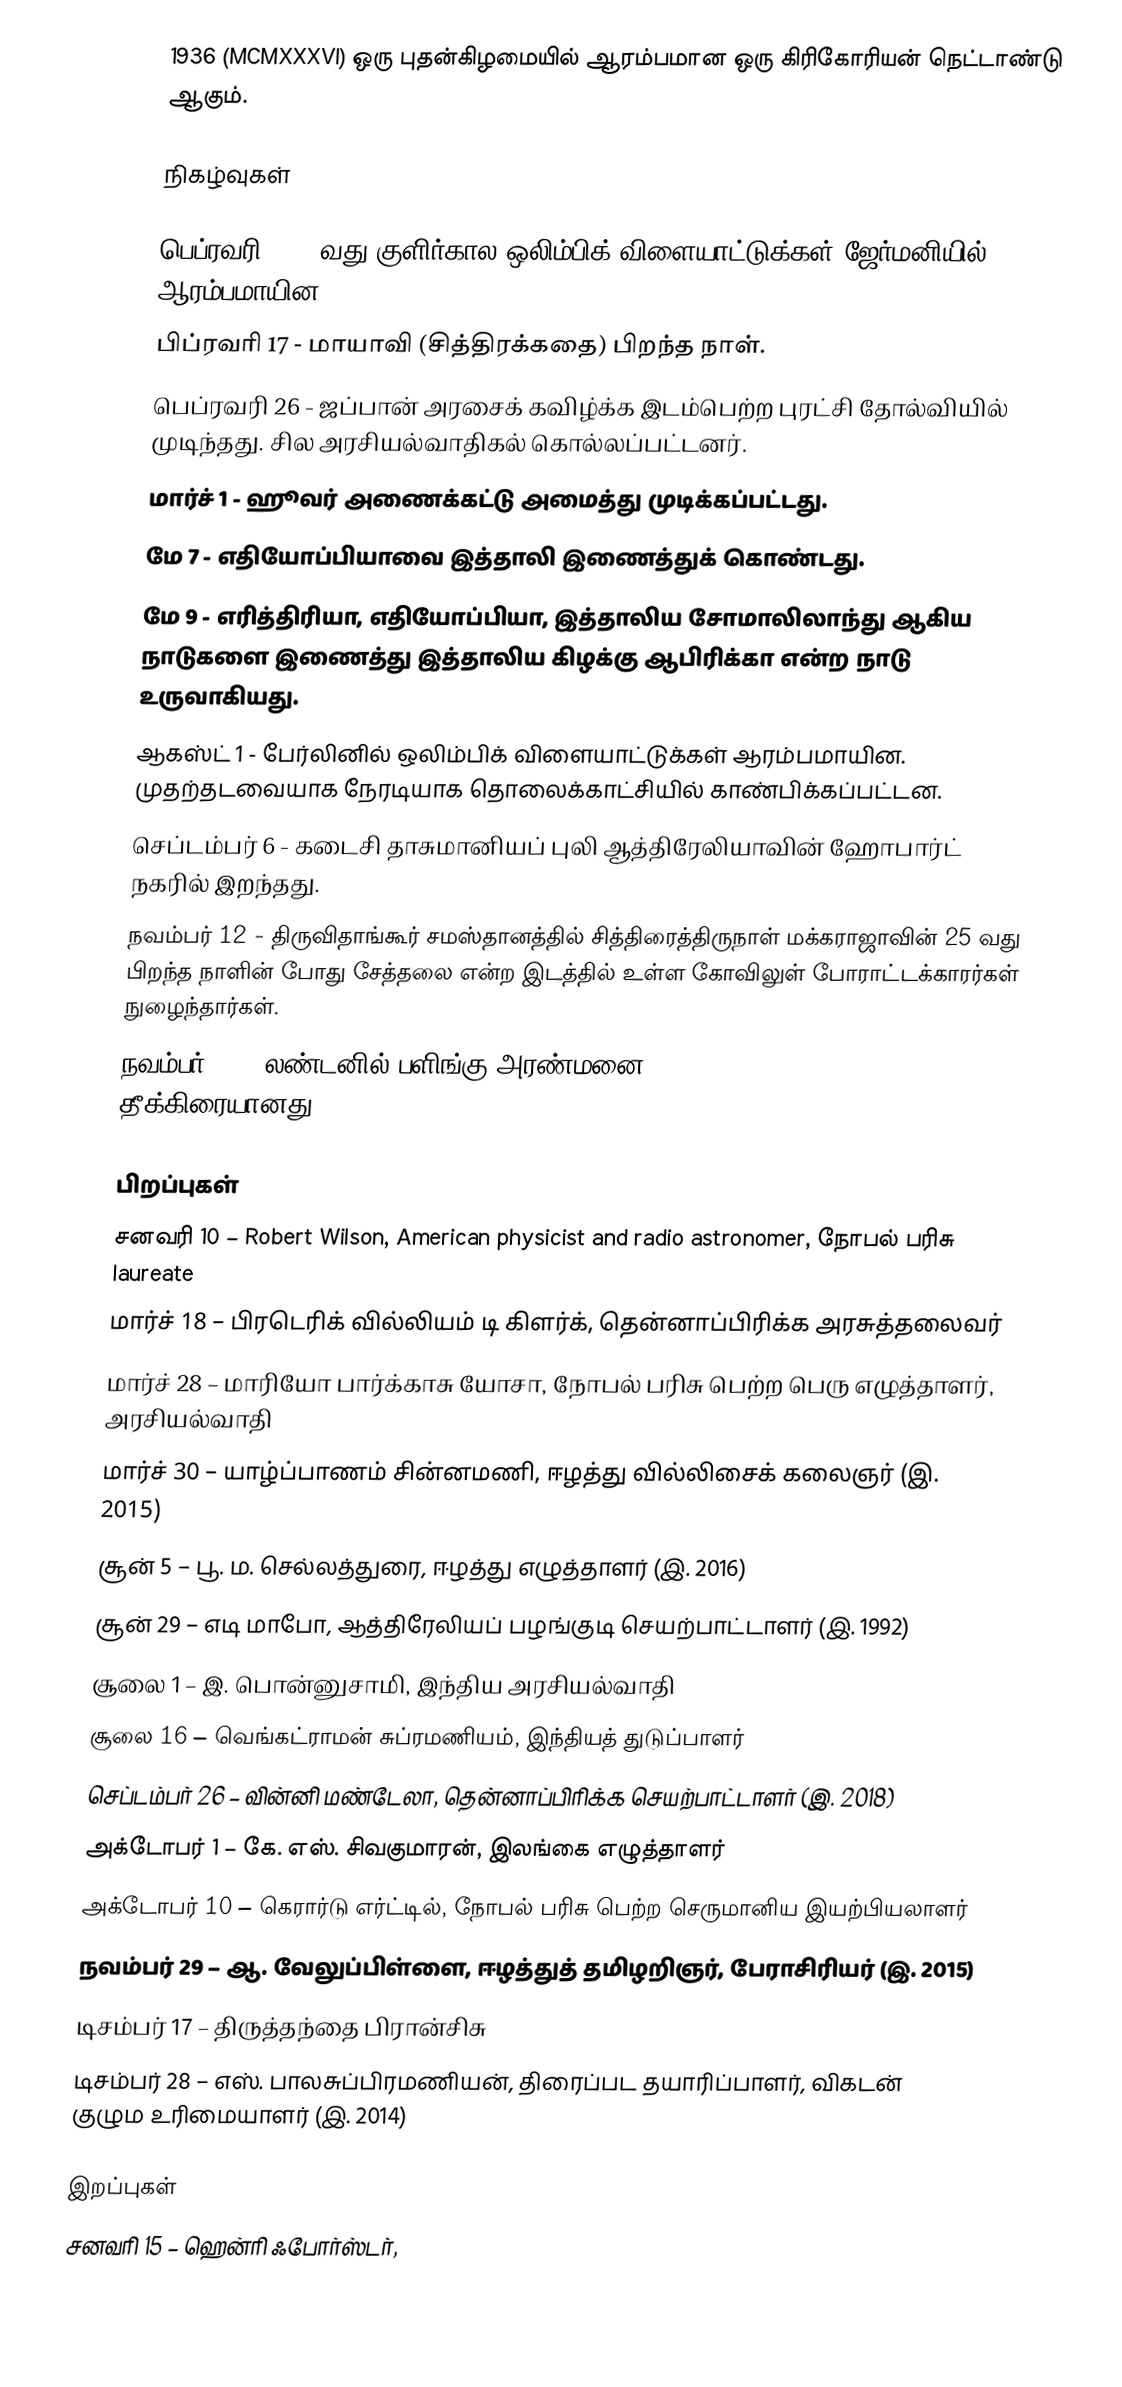
1936  (MCMXXXVI) ஒரு புதன்கிழமையில் ஆரம்பமான ஒரு கிரிகோரியன் நெட்டாண்டு ஆகும்.

நிகழ்வுகள்

 பெப்ரவரி 6 - 4வது குளிர்கால ஒலிம்பிக் விளையாட்டுக்கள் ஜேர்மனியில் ஆரம்பமாயின.
 பிப்ரவரி 17 - மாயாவி (சித்திரக்கதை) பிறந்த நாள்.
 பெப்ரவரி 26 - ஜப்பான் அரசைக் கவிழ்க்க இடம்பெற்ற புரட்சி தோல்வியில் முடிந்தது. சில அரசியல்வாதிகல் கொல்லப்பட்டனர்.
 மார்ச் 1 - ஹூவர் அணைக்கட்டு அமைத்து முடிக்கப்பட்டது.
 மே 7 - எதியோப்பியாவை இத்தாலி இணைத்துக் கொண்டது.
 மே 9 - எரித்திரியா, எதியோப்பியா, இத்தாலிய சோமாலிலாந்து ஆகிய நாடுகளை இணைத்து இத்தாலிய கிழக்கு ஆபிரிக்கா என்ற நாடு உருவாகியது.
 ஆகஸ்ட் 1 - பேர்லினில் ஒலிம்பிக் விளையாட்டுக்கள் ஆரம்பமாயின. முதற்தடவையாக நேரடியாக தொலைக்காட்சியில் காண்பிக்கப்பட்டன.
 செப்டம்பர் 6 - கடைசி தாசுமானியப் புலி ஆத்திரேலியாவின் ஹோபார்ட் நகரில் இறந்தது.
 நவம்பர் 12 - திருவிதாங்கூர் சமஸ்தானத்தில் சித்திரைத்திருநாள் மக்கராஜாவின் 25 வது பிறந்த நாளின் போது சேத்தலை என்ற இடத்தில் உள்ள கோவிலுள் போராட்டக்காரர்கள் நுழைந்தார்கள்.
 நவம்பர் 30 - லண்டனில் பளிங்கு அரண்மனை (Crystal Palace) தீக்கிரையானது.

பிறப்புகள்
சனவரி 10 – Robert Wilson, American physicist and radio astronomer, நோபல் பரிசு laureate
மார்ச் 18 – பிரடெரிக் வில்லியம் டி கிளர்க், தென்னாப்பிரிக்க அரசுத்தலைவர்
மார்ச் 28 – மாரியோ பார்க்காசு யோசா, நோபல் பரிசு பெற்ற பெரு எழுத்தாளர், அரசியல்வாதி
மார்ச் 30 – யாழ்ப்பாணம் சின்னமணி, ஈழத்து வில்லிசைக் கலைஞர் (இ. 2015)
சூன் 5 – பூ. ம. செல்லத்துரை, ஈழத்து எழுத்தாளர் (இ. 2016)
சூன் 29 – எடி மாபோ, ஆத்திரேலியப் பழங்குடி செயற்பாட்டாளர் (இ. 1992)
சூலை 1 – இ. பொன்னுசாமி, இந்திய அரசியல்வாதி
சூலை 16 – வெங்கட்ராமன் சுப்ரமணியம், இந்தியத் துடுப்பாளர்
செப்டம்பர் 26 – வின்னி மண்டேலா, தென்னாப்பிரிக்க செயற்பாட்டாளர் (இ. 2018)
அக்டோபர் 1 – கே. எஸ். சிவகுமாரன், இலங்கை எழுத்தாளர்
அக்டோபர் 10 – கெரார்டு எர்ட்டில், நோபல் பரிசு பெற்ற செருமானிய இயற்பியலாளர்
நவம்பர் 29 – ஆ. வேலுப்பிள்ளை, ஈழத்துத் தமிழறிஞர், பேராசிரியர் (இ. 2015)
டிசம்பர் 17 – திருத்தந்தை பிரான்சிசு
டிசம்பர் 28 – எஸ். பாலசுப்பிரமணியன், திரைப்பட தயாரிப்பாளர், விகடன் குழும உரிமையாளர் (இ. 2014)

இறப்புகள்
சனவரி 15 – ஹென்ரி ஃபோர்ஸ்டர்,